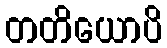
တတိယောပိ